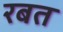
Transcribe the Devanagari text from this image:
रबत